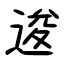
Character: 逡